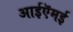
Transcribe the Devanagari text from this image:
आईऍमई